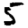
Digit: 5